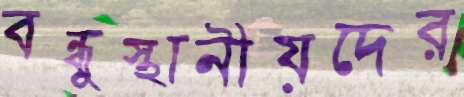
বন্ধুস্থানীয়দের